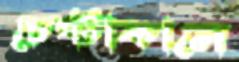
চেষ্টাকালে